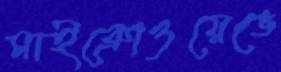
মাইক্রোওয়েভে